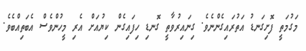
މަގުމަތީ ފޮށިގަނޑު އަތުރައިގެންނެވެ. ގިނައިރުވާތީ ގޮނޑި ހިފައިގެން ކިޔުއަށް އެރި މީހުންވެސް އެބަތިއްބެވެ.